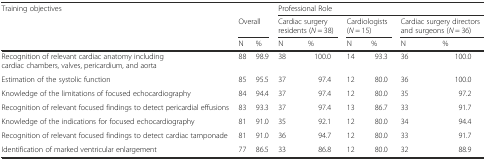
| <ROWSPAN=3> Training objectives |  |  | <COLSPAN=6> Professional Role |
 | <COLSPAN=2> Overall | <COLSPAN=2> Cardiac surgery residents (N = 38) | <COLSPAN=2> Cardiologists (N = 15) | <COLSPAN=2> Cardiac surgery directors and surgeons (N = 36) |
 | N | % | N | % | N | % | N | % |
 | --- | --- | --- | --- | --- | --- | --- | --- | --- |
 | Recognition of relevant cardiac anatomy including cardiac chambers, valves, pericardium, and aorta | 88 | 98.9 | 38 | 100.0 | 14 | 93.3 | 36 | 100.0 |
 | Estimation of the systolic function | 85 | 95.5 | 37 | 97.4 | 12 | 80.0 | 36 | 100.0 |
 | Knowledge of the limitations of focused echocardiography | 84 | 94.4 | 37 | 97.4 | 12 | 80.0 | 35 | 97.2 |
 | Recognition of relevant focused findings to detect pericardial effusions | 83 | 93.3 | 37 | 97.4 | 13 | 86.7 | 33 | 91.7 |
 | Knowledge of the indications for focused echocardiography | 81 | 91.0 | 35 | 92.1 | 12 | 80.0 | 34 | 94.4 |
 | Recognition of relevant focused findings to detect cardiac tamponade | 81 | 91.0 | 36 | 94.7 | 12 | 80.0 | 33 | 91.7 |
 | Identification of marked ventricular enlargement | 77 | 86.5 | 33 | 86.8 | 12 | 80.0 | 32 | 88.9 |